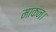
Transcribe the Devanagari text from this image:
माकन।